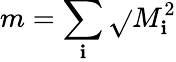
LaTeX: m=\sum_{\mathbf{i}}\sqrt{}{{M_{\mathbf{i}}^{2}}}